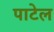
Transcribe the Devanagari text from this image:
पाटेल